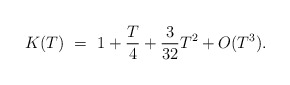
\begin{align*}K(T)~=~1+ {T\over4} + {3\over{32}}T^2 + O(T^3).\end{align*}